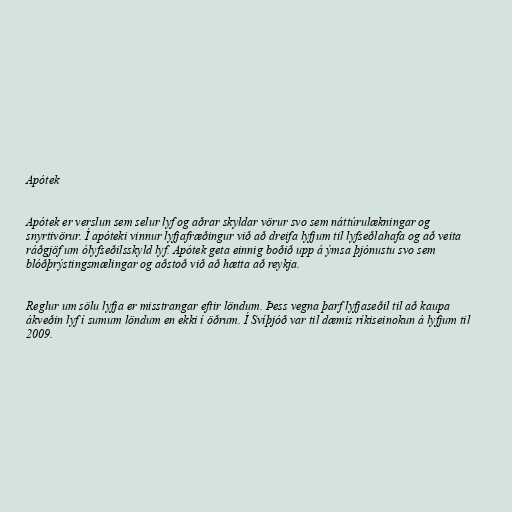
Apótek

Apótek er verslun sem selur lyf og aðrar skyldar vörur svo sem náttúrulækningar og
snyrtivörur. Í apóteki vinnur lyfjafræðingur við að dreifa lyfjum til lyfseðlahafa og að veita
ráðgjöf um ólyfseðilsskyld lyf. Apótek geta einnig boðið upp á ýmsa þjónustu svo sem
blóðþrýstingsmælingar og aðstoð við að hætta að reykja.

Reglur um sölu lyfja er misstrangar eftir löndum. Þess vegna þarf lyfjaseðil til að kaupa
ákveðin lyf í sumum löndum en ekki í öðrum. Í Svíþjóð var til dæmis ríkiseinokun á lyfjum til
2009.